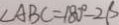
\angle A B C = 1 8 0 ^ { \circ } - 2